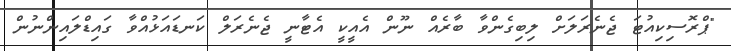
"ޕްރޮސިކިއުޓަ ޖެނެރަލަށް ލިބިގެންވާ ބާރެއް ނޫން އެއީކީ އެޓާނީ ޖެނެރަލް ކަނޑައަޅުއްވާ ގައިޑްލައިންނުން